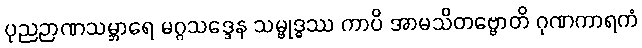
ပုညဉာဏသမ္ဘာရေ မဂ္ဂသဒ္ဒေန သမ္ဗုဒ္ဓဿ ကာပိ အာမသိတဗ္ဗောတိ ဂုဏကာရကံ